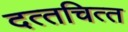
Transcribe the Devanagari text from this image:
दत्‍तचित्‍त